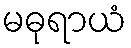
မဓုရာယံ